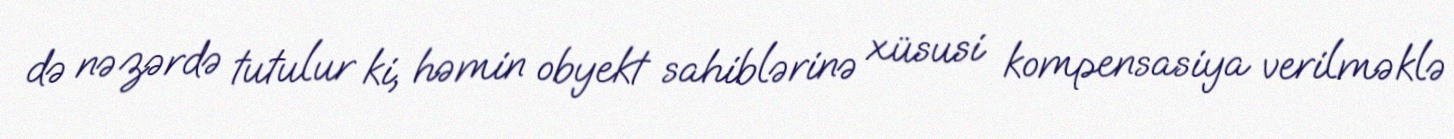
də nəzərdə tutulur ki, həmin obyekt sahiblərinə xüsusi kompensasiya verilməklə